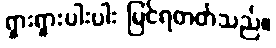
ရှားရှားပါးပါး မြင်ရတတ်သည်။